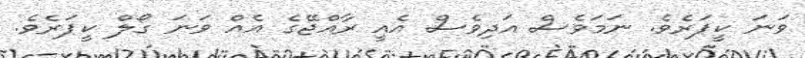
ވަނަ ކީޕަރެވެ. ނަމަވެސް އަދިވެސް އެއީ ރާއްޖޭގެ އެއް ވަނަ ގޯލް ކީޕަރެވެ.